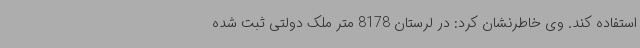
استفاده کند. وی خاطرنشان کرد: در لرستان 8178 متر ملک دولتی ثبت شده